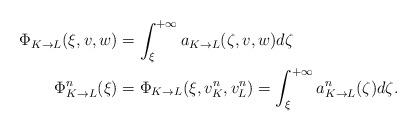
LaTeX: \begin{align*}\Phi_{K\to L}(\xi,v,w)&=\int_\xi^{+\infty} a_{K\to L}(\zeta,v,w)d\zeta\\\Phi^n_{K\to L}(\xi)&=\Phi_{K\to L}(\xi,v^n_K,v^n_L)=\int_\xi^{+\infty} a^n_{K\to L}(\zeta)d\zeta.\end{align*}